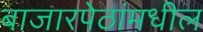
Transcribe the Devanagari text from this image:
बाजारपेठांमधील